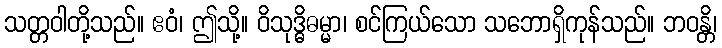
သတ္တဝါတို့သည်။ ဧဝံ၊ ဤသို့။ ဝိသုဒ္ဓိဓမ္မာ၊ စင်ကြယ်သော သဘောရှိကုန်သည်။ ဘဝန္တိ၊